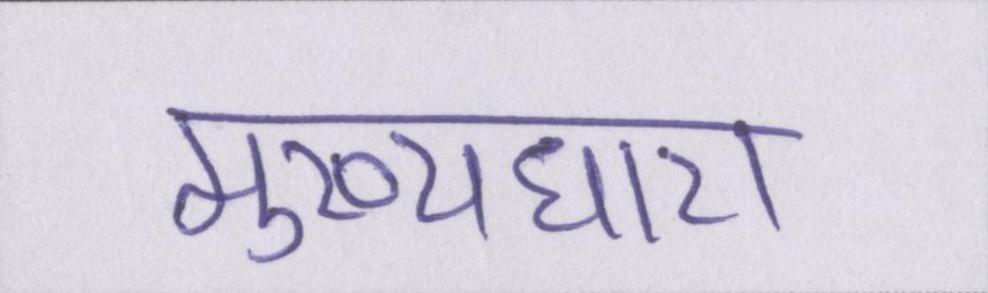
मुख्यधारा